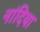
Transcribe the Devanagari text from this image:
नांदिया